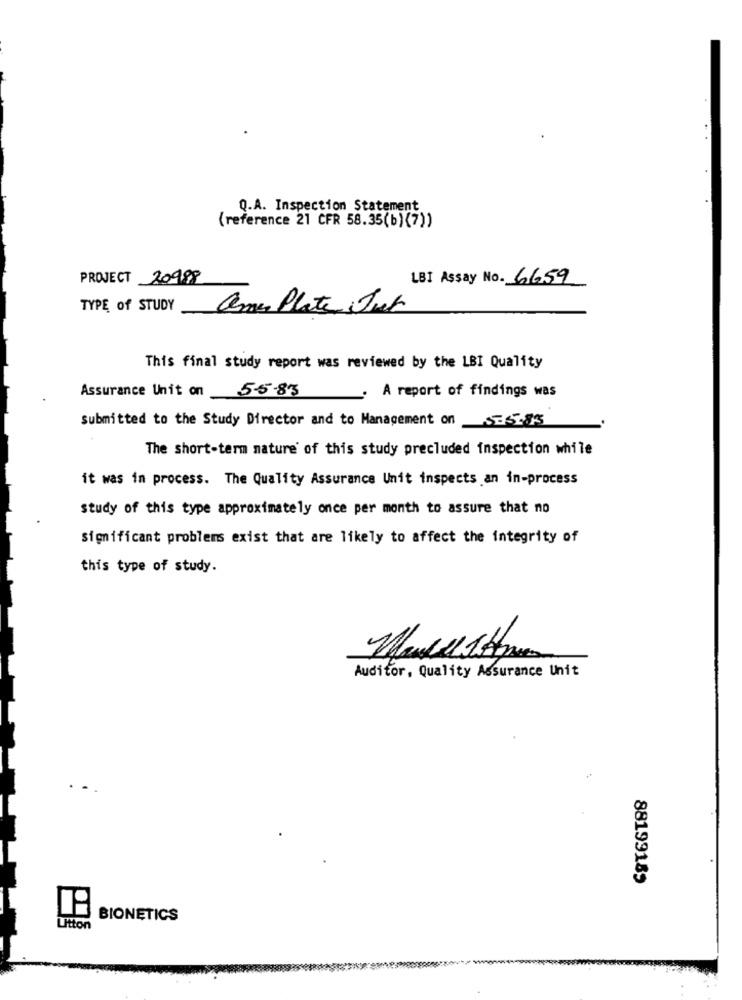
Q.A. Inspection Statement
(reference 21 CFR 58.35(b) (7))
PROJECT 20998
LBI Assay No. 6659
TYPE of STUDY
ames Plate Jut
This final study report was reviewed by the LBI Quality
Assurance Unit on 55.83
A report of findings was
Submitted to the Study Director and to Management on _1-28-5
The short-term nature of this study precluded inspection while
it was in process. The Quality Assurance Unit inspects an in-process
study of this type approximately once per month to assure that no
Significant problems exist that are likely to affect the integrity of
this type of study.
Auditor, Quality Assurance Unit
88199189
BIONETICS
Litton